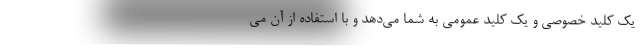
یک کلید خصوصی و یک کلید عمومی به شما می‌دهد و با استفاده از آن می